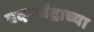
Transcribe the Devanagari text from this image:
वदनचंद्राच्या